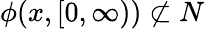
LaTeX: \phi(x,[0,\infty))\not\subset N